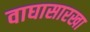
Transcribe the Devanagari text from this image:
वाघासारखा